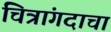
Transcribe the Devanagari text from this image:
चित्रांगदाचा